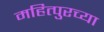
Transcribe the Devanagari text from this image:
महित्पुरच्या